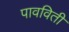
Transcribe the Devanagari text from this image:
पावविती